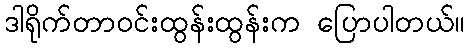
ဒါရိုက်တာဝင်းထွန်းထွန်းက ပြောပါတယ်။